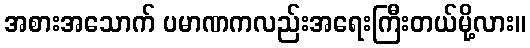
အစားအသောက် ပမာဏကလည်းအရေးကြီးတယ်မို့လား။